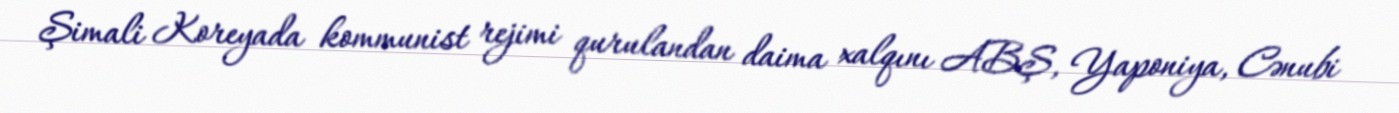
Şimali Koreyada kommunist rejimi qurulandan daima xalqını ABŞ, Yaponiya, Cənubi